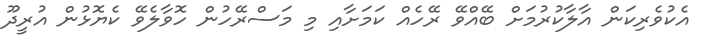
އެކުވެރިކަން އާލާކުރުމަށް ބޭއްވޭ ރޭހެއް ކަމަށާއި މި މަސްރޭހުން ހޮވާލެވޭ ކެޔޮޅުން އުރީދޫ